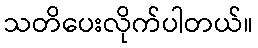
သတိပေးလိုက်ပါတယ်။